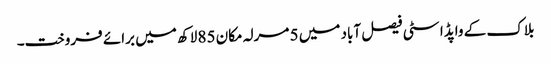
بلاک کے واپڈا سٹی فیصل آباد میں 5 مرلہ مکان 85 لاکھ میں برائے فروخت۔